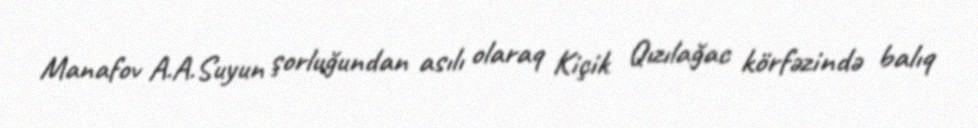
Manafov A.A.Suyun şorluğundan asılı olaraq Kiçik Qızılağac körfəzində balıq